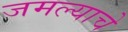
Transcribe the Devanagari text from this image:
जमल्याचे